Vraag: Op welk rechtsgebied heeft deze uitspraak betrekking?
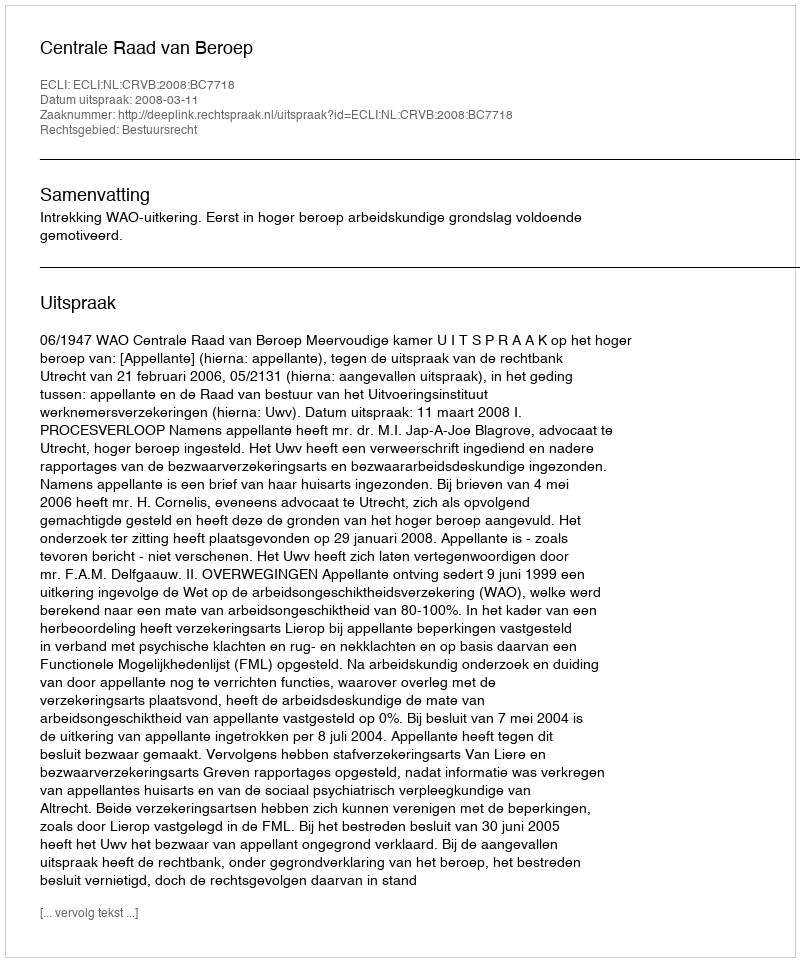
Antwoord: Bestuursrecht